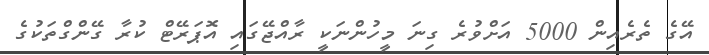
އޭގެ ތެރެއިން 5000 އަށްވުރެ ގިނަ މީހުންނަކީ ރާއްޖޭގައި އޮޕަރޭޓް ކުރާ ގޭންގްތަކުގެ